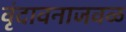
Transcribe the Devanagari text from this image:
वृंदावनाजवळ